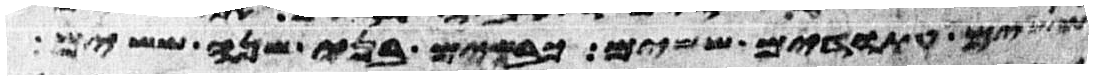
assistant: ששים עתודים ששים כבשים בני שנה ששים